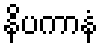
နိပကာနံ